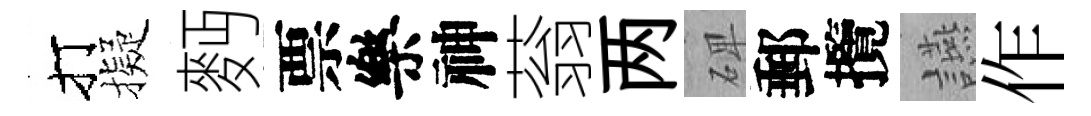
打擬麪票樂神蓊两𥓓郵攬讌作